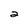
Character: 2